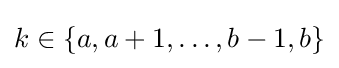
k\in \{a,a+1,\dots ,b-1,b\}